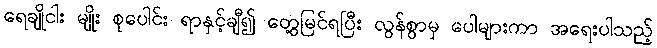
ရေချိုငါး မျိုး စုပေါင်း ရာနှင့်ချီ၍ တွေ့မြင်ရပြီး လွန်စွာမှ ပေါများကာ အရေးပါသည့်